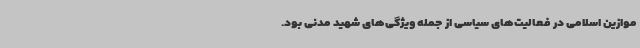
موازین اسلامی در فعالیت‌های سیاسی از جمله ویژگی‌های شهید مدنی بود.